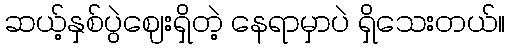
ဆယ့်နှစ်ပွဲဈေးရှိတဲ့ နေရာမှာပဲ ရှိသေးတယ်။